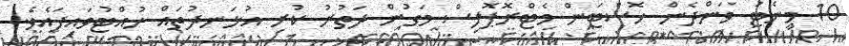
10 މިނެޓު ވަންދެން ހޮސްޓަން މެޓްރޮޕޮލިސް މަގުން ދަތުރު ކުރި އުޅަނދުތައް ހުއްޓުވައިފައެވެ.